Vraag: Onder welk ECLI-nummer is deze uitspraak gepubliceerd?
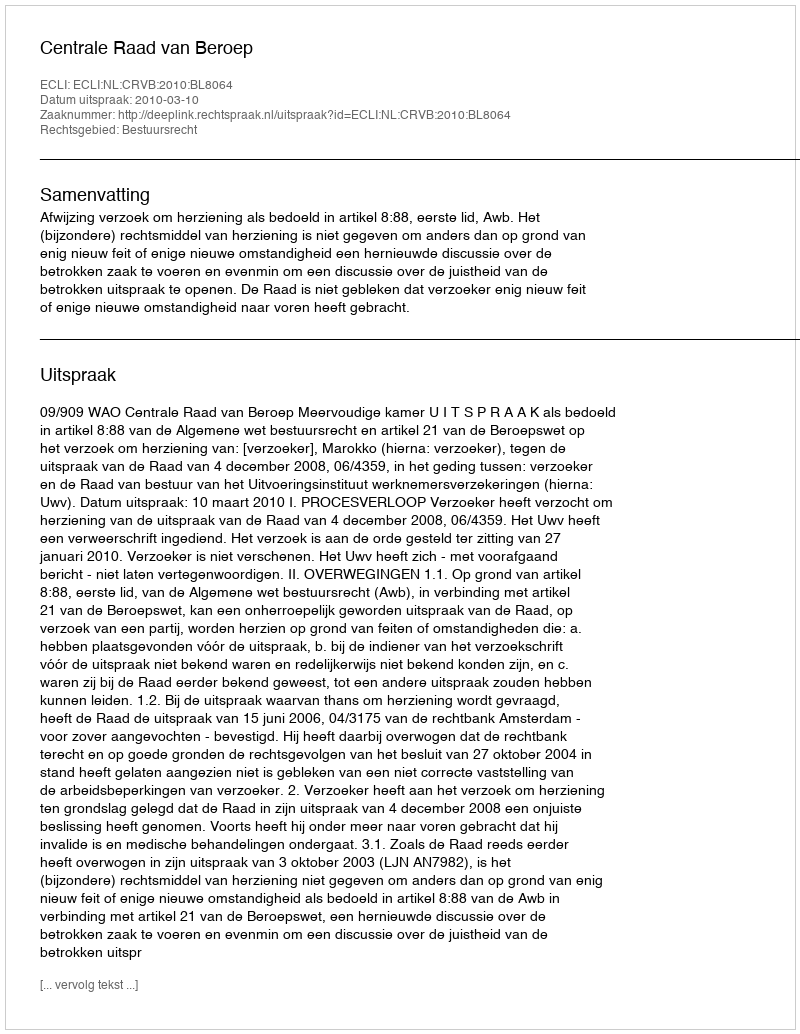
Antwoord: ECLI:NL:CRVB:2010:BL8064